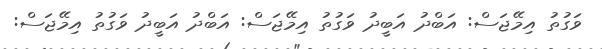
ވަގުތު އިމޭޖަސް: އަބްދު އަބީދު ވަގުތު އިމޭޖަސް: އަބްދު އަބީދު ވަގުތު އިމޭޖަސް: